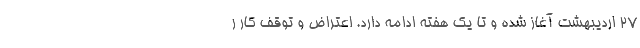
۲۷ اردیبهشت آغاز شده و تا یک هفته ادامه دارد. اعتراض و توقف کار ر